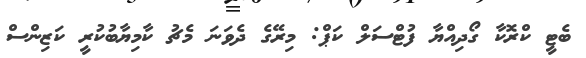
ބެޓީ ކްރޮކާ ގޯދިއްޔާ ފުޓްސަލް ކަޕް: މިރޭގެ ދެވަނަ މެޗު ކާމިޔާބުކުރީ ކަޒިންސް